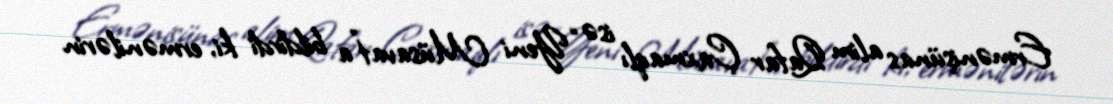
Ermənişünas alim Qafar Çaxmaqlı isə “Yeni Müsavat”a bildirdi ki, ermənilərin